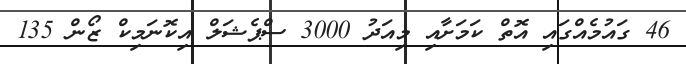
46 ގައުމެއްގައި އޮތް ކަމަށާއި މިއަދު 3000 ސްޕެޝަލް އިކޮނަމިކް ޒޯން 135